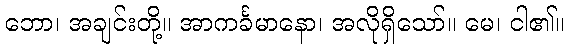
ဘော၊ အချင်းတို့။ အာကင်္ခမာနော၊ အလိုရှိသော်။ မေ၊ ငါ၏။